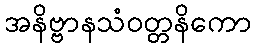
အနိဗ္ဗာနသံဝတ္တနိကော